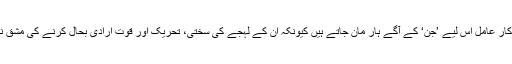
نا تجربہ کار عامل اس لیے ’جن‘ کے آگے ہار مان جاتے ہیں کیونکہ ان کے لہجے کی سختی، تحریک اور قوت ارادی بحال کرنے کی مشق نہیں ہوتی۔